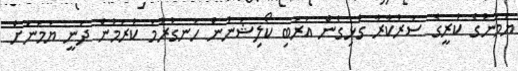
ޔަމަނުގެ ކުރީގެ ސަރުކާރާ ގުޅިގެން އަރަބި ކޯލިޝަނުން ހަނގުރާމަ ކުރަމުން ދަނީ ޔަމަނަށް